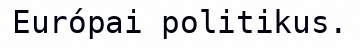
Európai politikus.